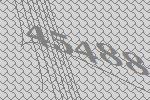
45488